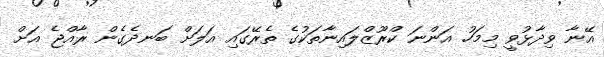
އޭނާ ވިދާޅުވީ މިމަހު އަންނަ ކްރޫޒްލައިނާތަކުގެ ތެރޭގައި އަލަށް ބަނދެގެން ރާއްޖެ އަށް